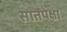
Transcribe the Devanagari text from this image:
सातपेक्षा